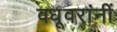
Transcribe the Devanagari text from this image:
वधूवरांनीं